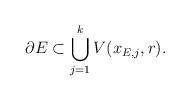
LaTeX: \begin{align*} \partial E\subset \bigcup_{j=1}^k V(x_{E,j},r).\end{align*}